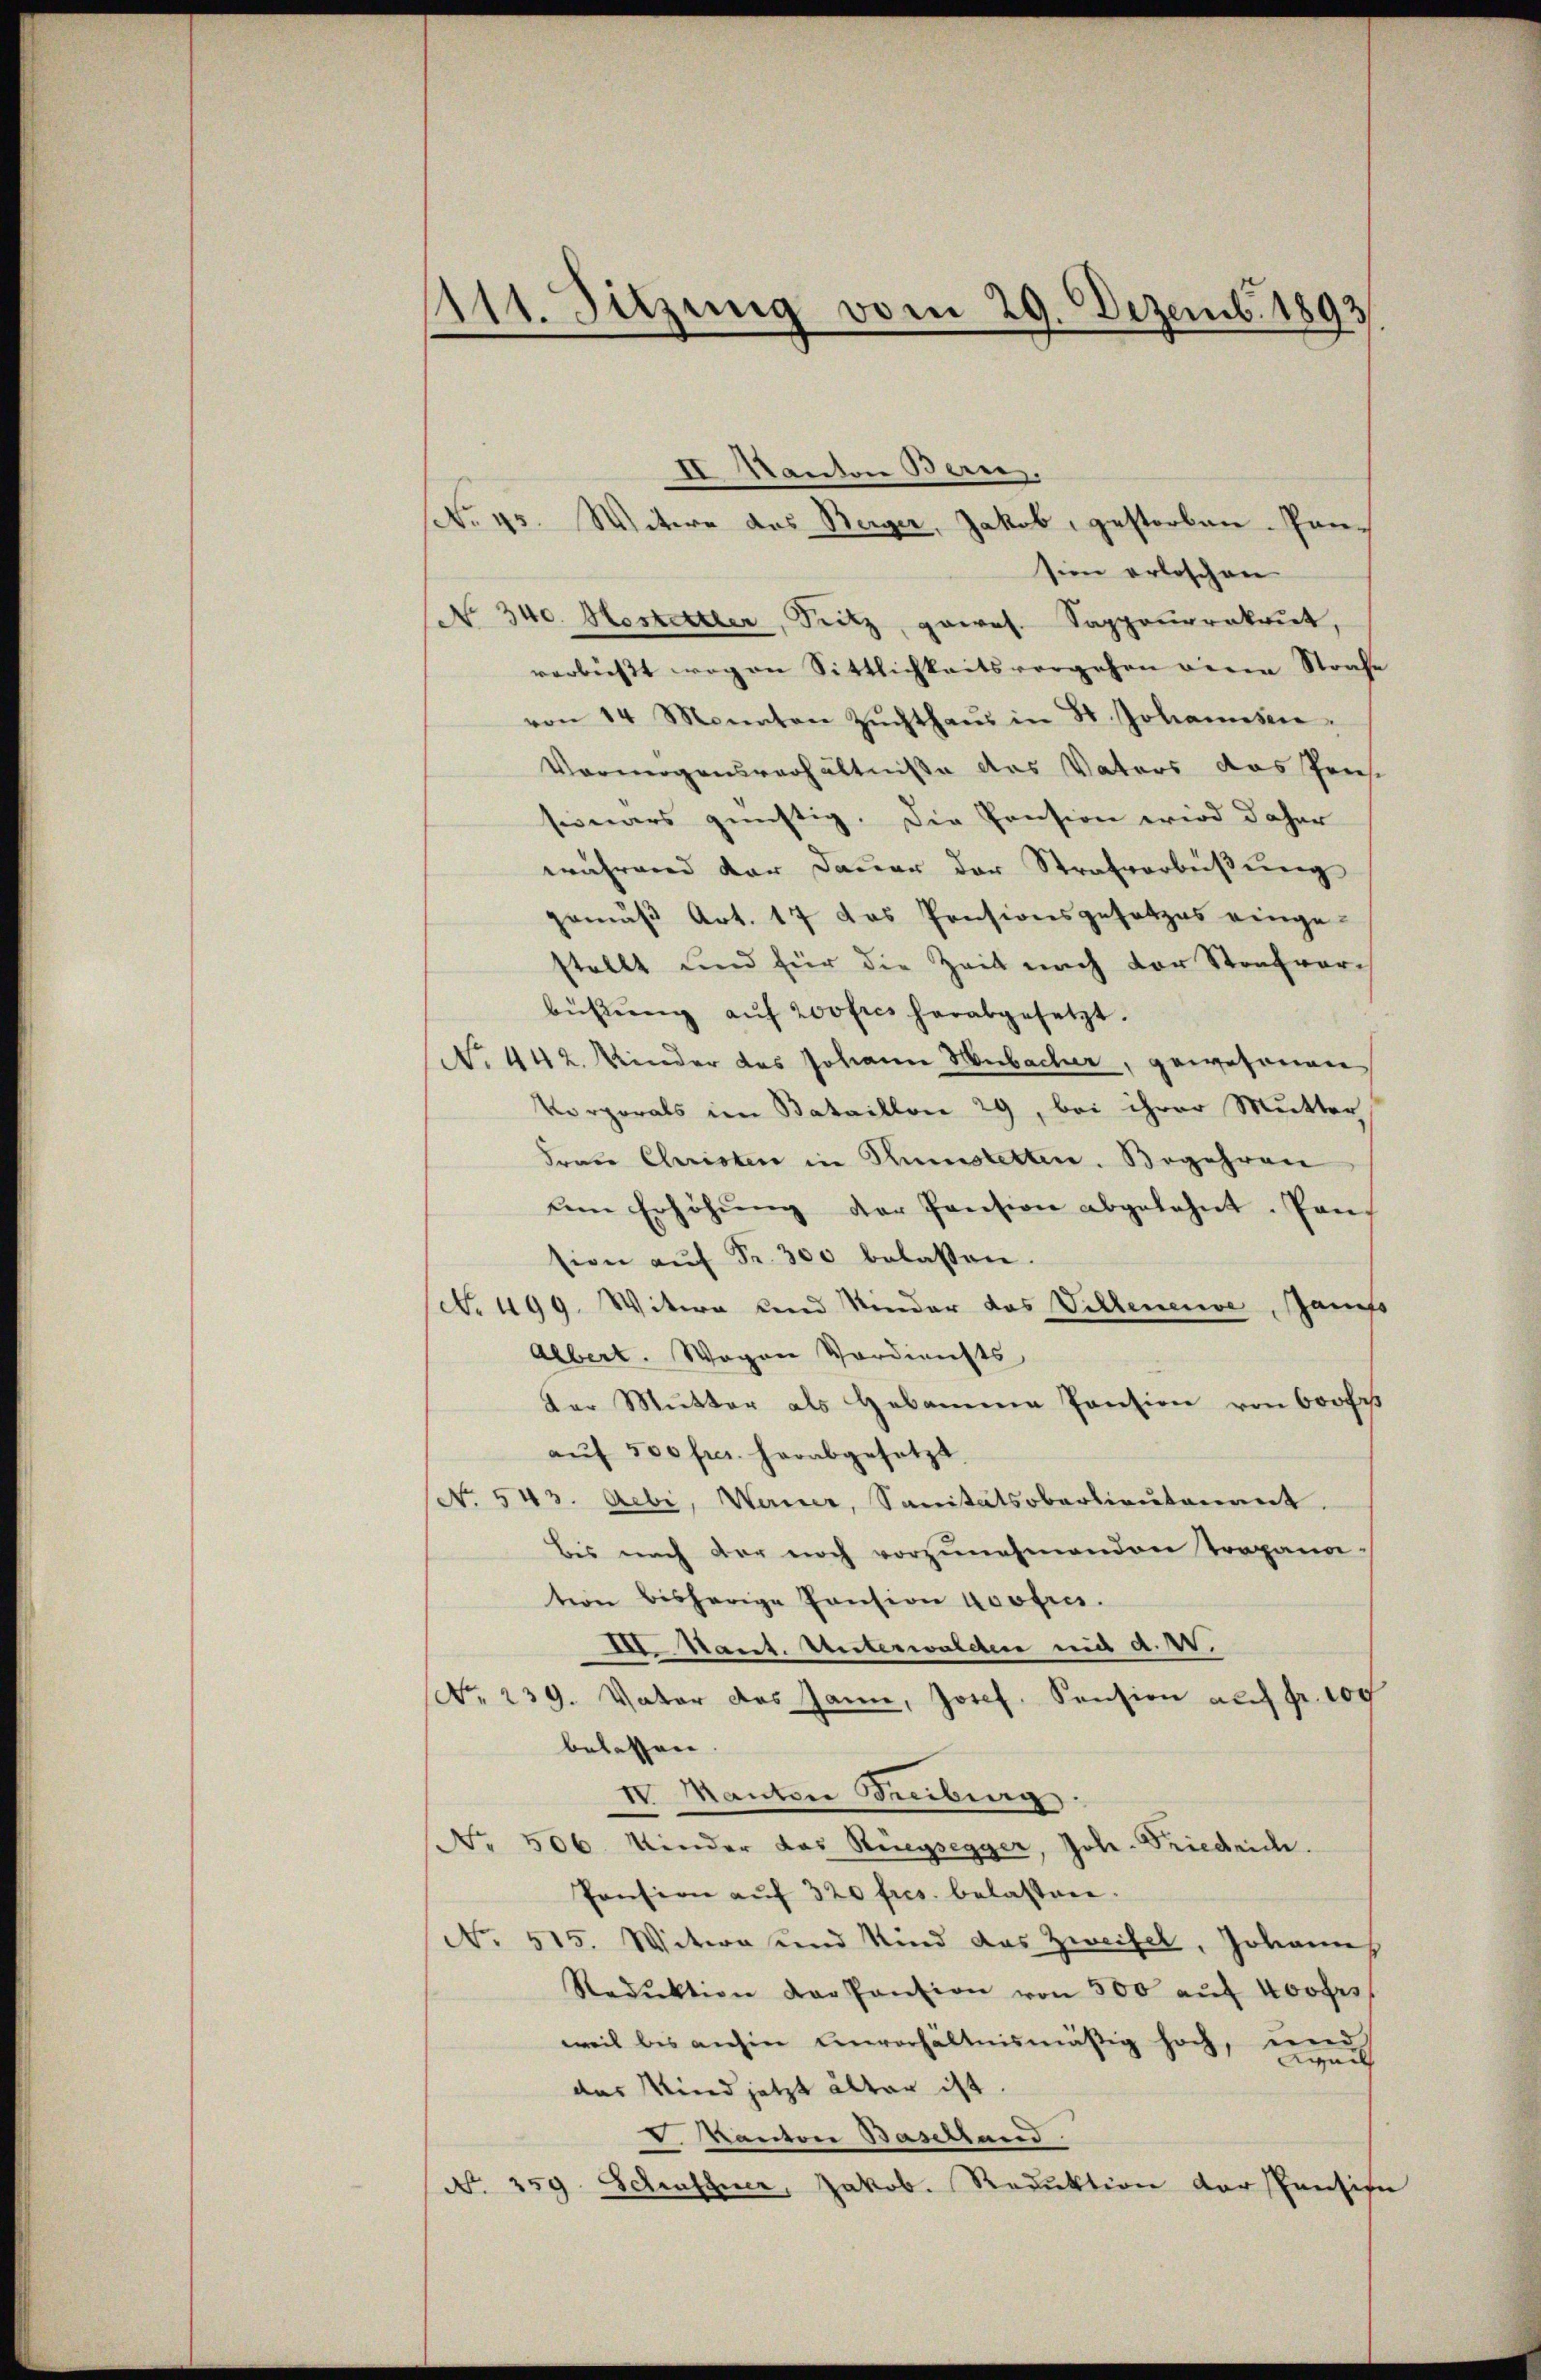
111. Sitzung vom 29. Dezemb. 1893

II Kanton Bern.
No. 43. Witwe das Berger, Jakob, gestorben. Pansion erloschen
No. 340. Kostettler, Sitz, paral. Sappauernkriet,
verbüßt wegen Sittlichkeits vorgehen eine Strafe
von 14 Monaten Zŭchthaŭs in St. Johannesen.
Vermögensverhältniße des Vaters das Preis
seinars günstig. Die Pension wird daher
während der Dauer der Strafverbüßung
gemäß Art. 17 das Pensionsgesetzes eingestellt und für die Zeit nach der Strafvorbüβŭng aŭf 200fres herabgesetzt.
No 442. Kinder das Johann Hubacher, gewesenen
Vorporals im Bataillon 29, bei ihrer Mutter
Frau Christen in Kunstetten. Begehren
um Erhöhŭng der Pension abgelehnt. Pan-
sion aŭf Fr. 300 belassen.
(No. 499. Witwe und Kinder das Villeneuve, Janis
Albert. Wegen Verdiensts
Der Mutter als Hebamme Pension von 600fr
aŭf 500 fr. herabgesetzt.
No. 543. Aebi, Warner, Sanitätsoberlieutenant.
bis nach der noch vorzunehmenden Tropana
tion bisherige Pension koofres.
II. Nant. Unterwalden mit d. 4.
NNo. 239. Vater das Jann, Josef Pension auf fr. 100
belassen.
IV Manten Beiberg
No. 506. Kinder das Riegsegger, Joh. Friedrich.
Pension aŭf 320 fres. belasten.
No. 515. Witwe und Kind das Zweifel, Johann
Reduktion der Pansion von 500 aŭf Kovers
weil bis anhin unverhältnismäßig hoch, und
Weil
das Kind jetzt älter ist.
V. Kanton Baselland
N. 259. Schaffner, Jakob. Reduktion derspension